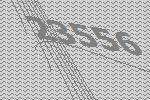
23556